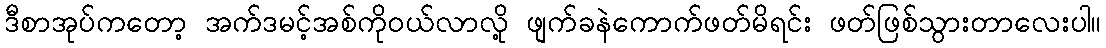
ဒီစာအုပ်ကတော့ အက်ဒမင့်အစ်ကိုဝယ်လာလို့ ဖျက်ခနဲကောက်ဖတ်မိရင်း ဖတ်ဖြစ်သွားတာလေးပါ။